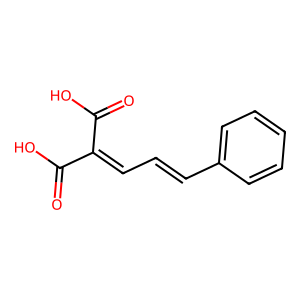
SMILES: O=C(O)C(=CC=Cc1ccccc1)C(=O)O
Inhibits HIV replication: No